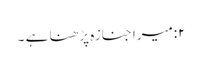
۲:میرا جنازہ پڑھنا ہے ۔